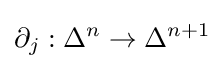
\partial _{j}:\Delta ^{n}\to \Delta ^{n+1}